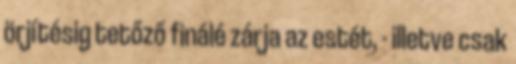
örjítésig tetőző finálé zárja az estét, - illetve csak